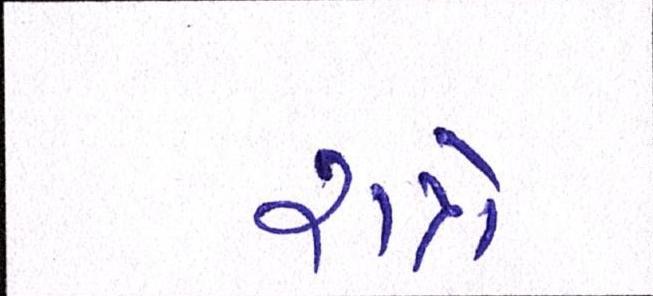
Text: રાત્રે